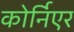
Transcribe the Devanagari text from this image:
कोर्निएर